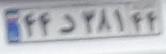
۴۴د۳۸۱۴۴